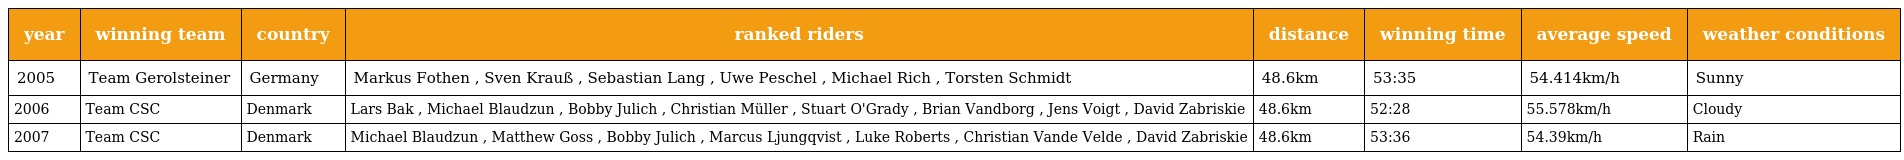
| year | winning team | country | ranked riders | distance | winning time | average speed | weather conditions |
 | --- | --- | --- | --- | --- | --- | --- | --- |
 | 2005 | Team Gerolsteiner | Germany | Markus Fothen , Sven Krauß , Sebastian Lang , Uwe Peschel , Michael Rich , Torsten Schmidt | 48.6km | 53:35 | 54.414km/h | Sunny |
 | 2006 | Team CSC | Denmark | Lars Bak , Michael Blaudzun , Bobby Julich , Christian Müller , Stuart O'Grady , Brian Vandborg , Jens Voigt , David Zabriskie | 48.6km | 52:28 | 55.578km/h | Cloudy |
 | 2007 | Team CSC | Denmark | Michael Blaudzun , Matthew Goss , Bobby Julich , Marcus Ljungqvist , Luke Roberts , Christian Vande Velde , David Zabriskie | 48.6km | 53:36 | 54.39km/h | Rain |